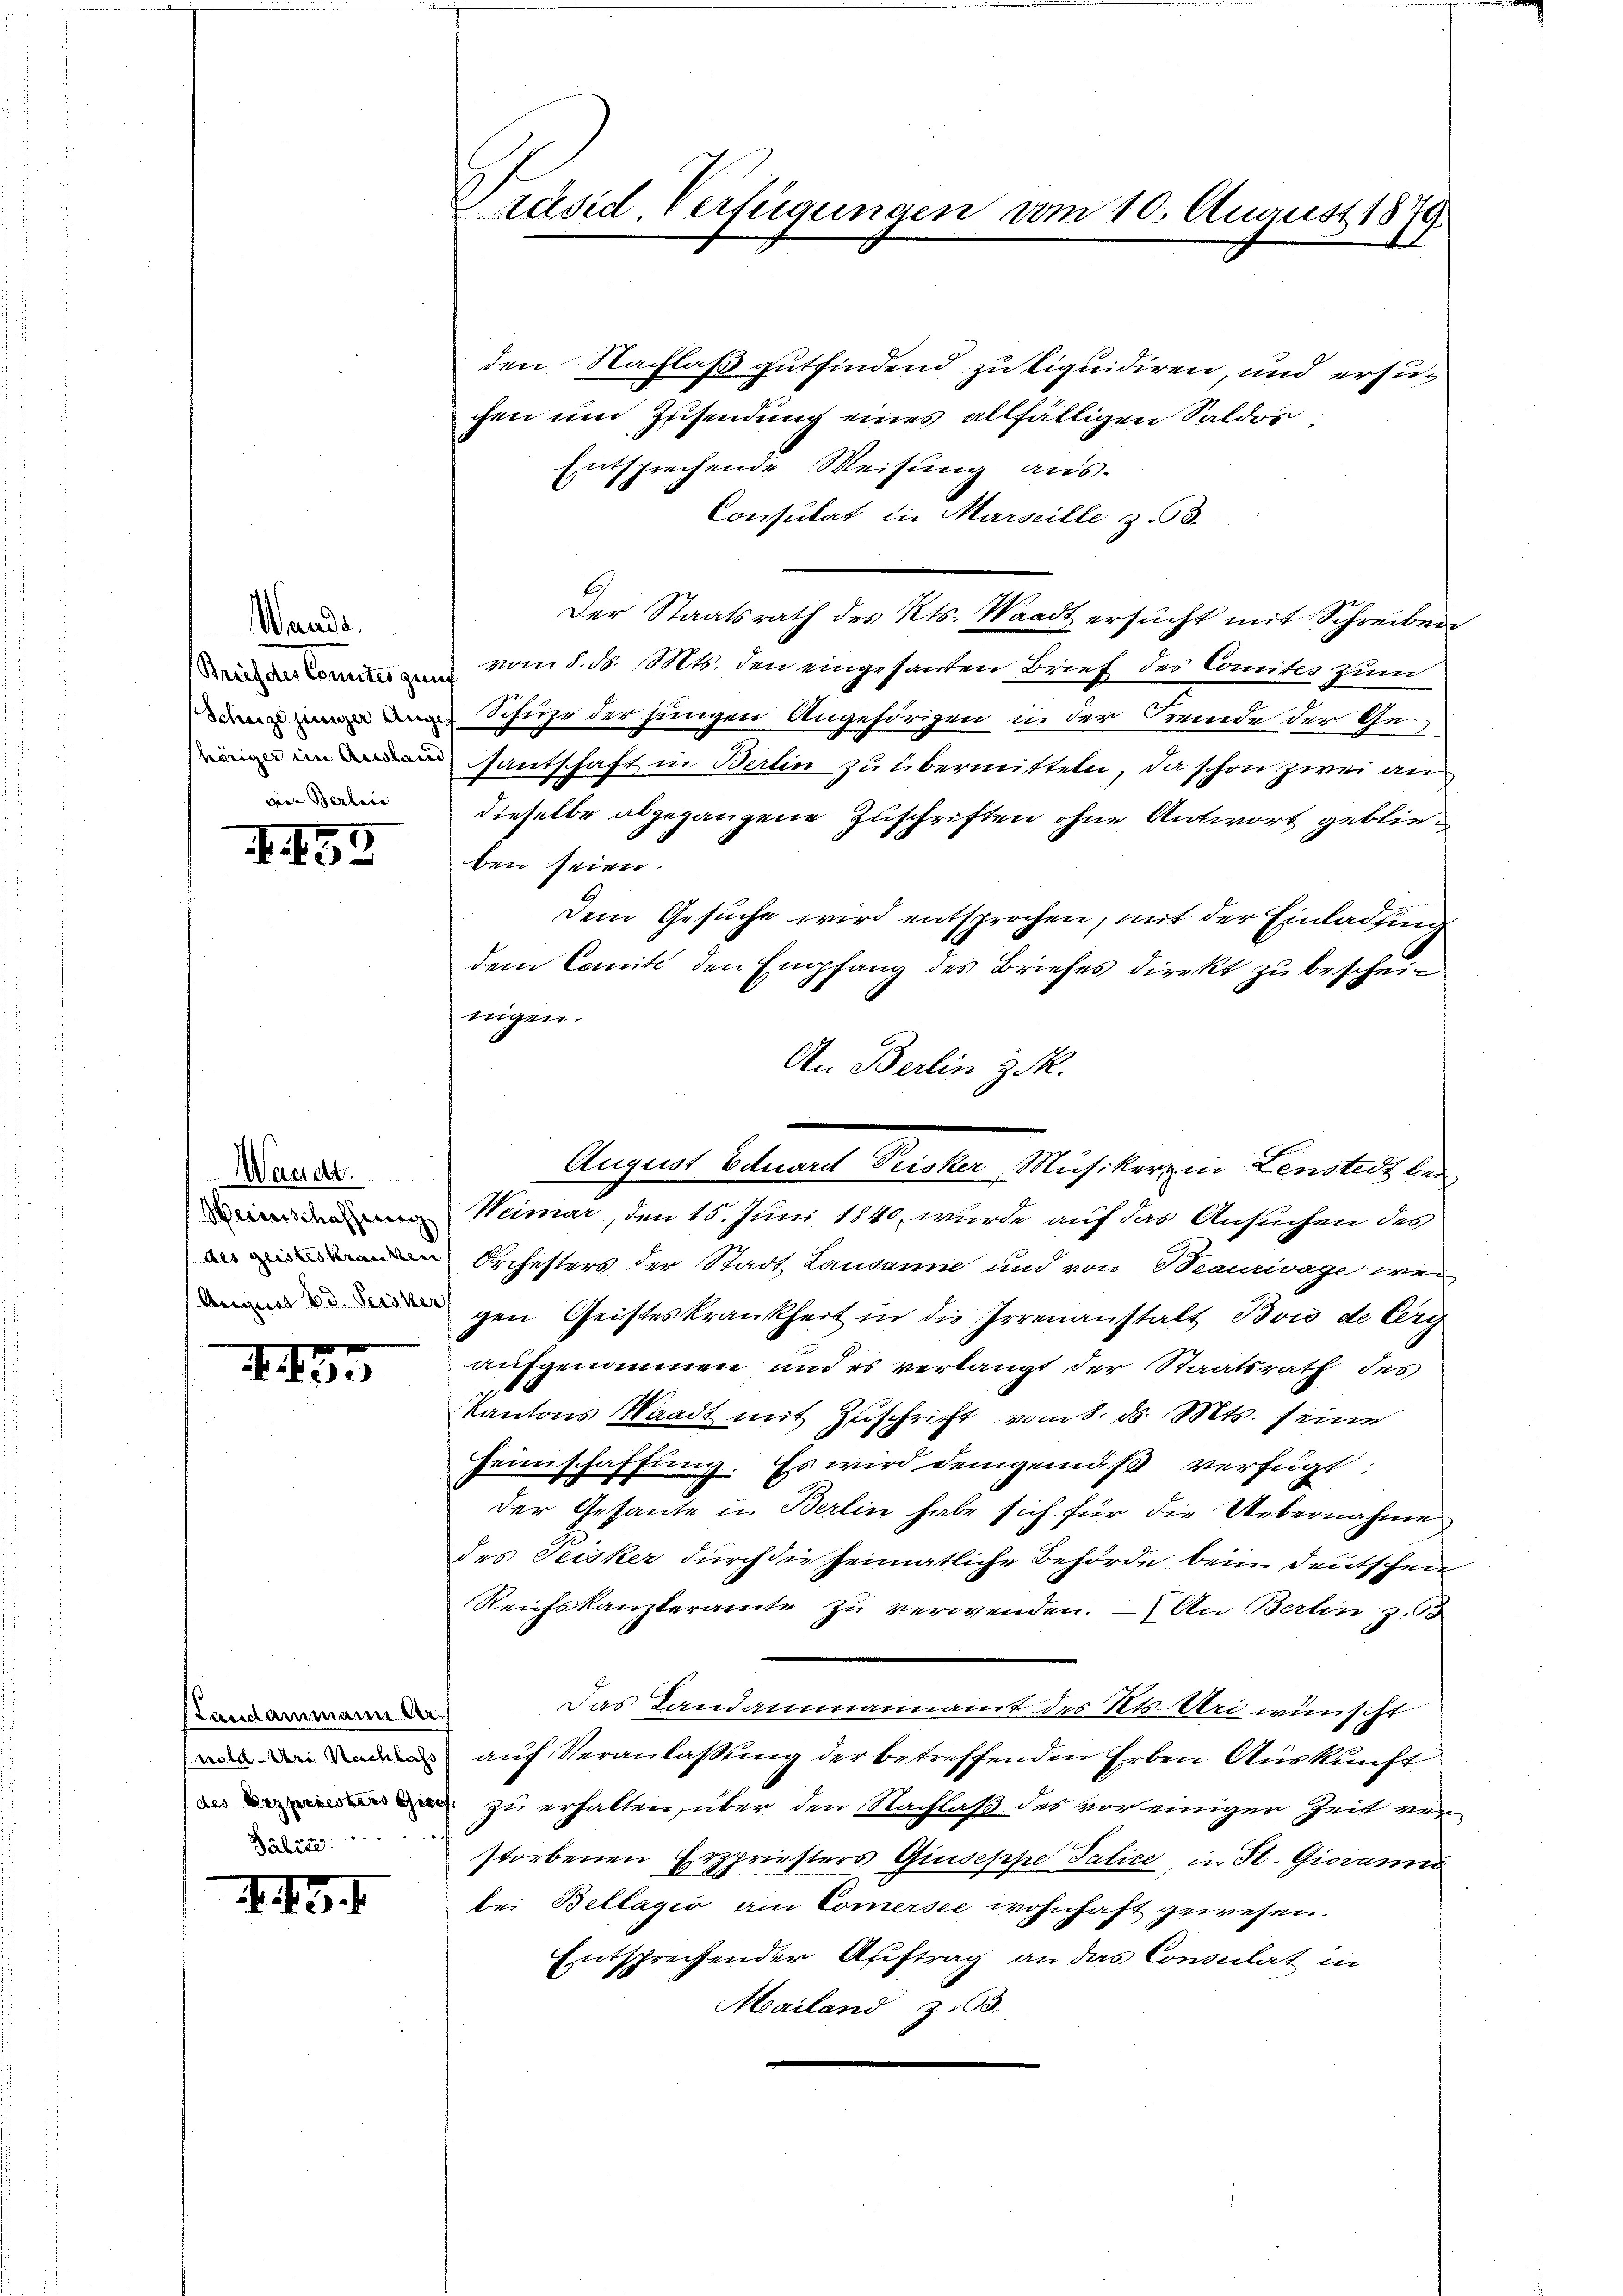
Wande.
Beich des Comiteigung
win Berline

II53

Waadt.
Heinschaffung
1 des geisteskranken
August d. Peisker

I. 195

standammann Arwold. Uri Nachlass
(des Bezpriesters Gie
Jahres ........

III

Präsid. Verfügungen vom 10. August 1879

den Nachlaß gutfindend zu liquidiren, und ersuchen und Zusendung eines allfälligen Saldos¬
Entsprechende Weisung aus.
1
Consulat in Marseille z. B.
Der Staatsrath des Kts. Waadt ersŭcht mit Schreiben
vom 8. d. Mts. den eingesandten Brief der Comites zum
  Schuhe der jungen Angehörigen in der Fremde der Gesantschaft in Berlin zu übermitteln, da schon zwei an
dieselbe abgegangene Zuschriften ohne Antwort geblieben seien.
Dem Gesuche wird entsprochen, mit der Einladung
dem Comité den Empfang des Briefes direkt zu bescheinigen.
An Berlin z.
Weimar, den 15. Juni 1840, wurde auf das Ansuchen des
Orchesters der Stadt Lausanne und von Maurivage wei
gen Geisteskrankheit in die Irrenanstalt Bois de Verg
aufgenommen und es verlangt der Staatsrath des
Kantons Waadt mit Zuschrift vom 8. ds. Mts. seine
Heimschaffung. Es wird demgemäß verfügt:
der Gesante in Berlin habe sich für die Uebernahme
des Seisker durch die heimatliche Behörde beim deutschen
Reichskanzleramte zu verwenden. – An Berlin z.55
Das Landammannamt des Kts. Uri wünscht
auf Veranlaßung der betreffenden Erben Auskunft
zu erhalten, über den Nachlaß des vor einiger Zeit ver
storbenen Erspriesters Giuseppe Tatice, in St. Giovanna
bei Bellagio am Comersee wohnhaft gewesen.
Entsprechender Auftrag an das Consulat in
Mailand z.63.

August benant Prisker Musikerzen Lenstadtber